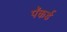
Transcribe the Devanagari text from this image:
पॅकर्ड